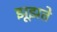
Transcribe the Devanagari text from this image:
झूझते